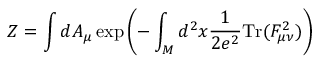
Z = \int d A _ { \mu } \exp \left( - \int _ { M } d ^ { 2 } x \frac { 1 } { 2 e ^ { 2 } } \mathrm { T r } ( F _ { \mu \nu } ^ { 2 } ) \right)